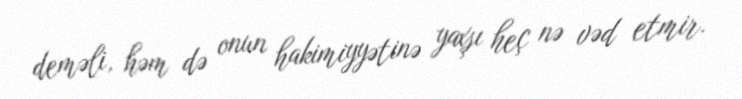
deməli, həm də onun hakimiyyətinə yaxşı heç nə vəd etmir.